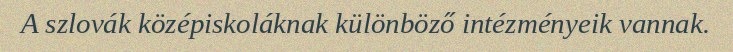
A szlovák középiskoláknak különböző intézményeik vannak.